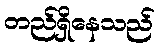
တည်ရှိနေသည်